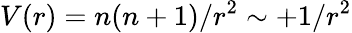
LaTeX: V(r)=n(n+1)/r^{2}\sim+1/r^{2}